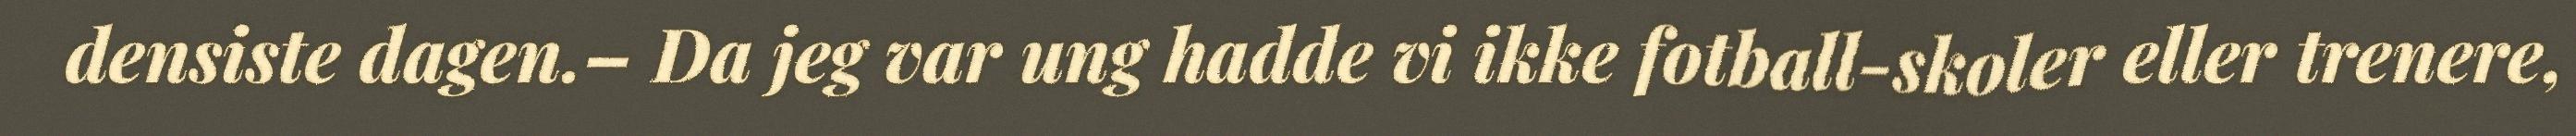
densiste dagen.– Da jeg var ung hadde vi ikke fotball-skoler eller trenere,